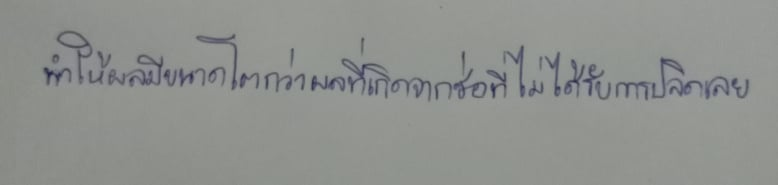
ทำให้ผลมีขนาดโตกว่าผลที่เกิดจากช่อที่ไม่ได้รับการปลิดเลย